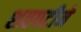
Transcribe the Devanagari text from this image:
शतपटीने